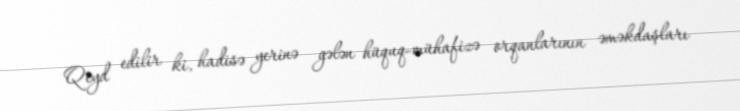
Qeyd edilir ki, hadisə yerinə gələn hüquq-mühafizə orqanlarının əməkdaşları